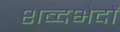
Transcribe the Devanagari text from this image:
शब्दभेदों